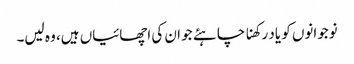
نوجوانوں کو یاد رکھنا چاہئے جو ان کی اچھائیاں ہیں، وہ لیں۔